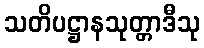
သတိပဋ္ဌာနသုတ္တာဒီသု